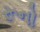
રૂનો